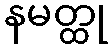
နမတ္ထု